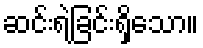
ဆင်းရဲခြင်းရှိသော။